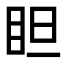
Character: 𥅃